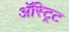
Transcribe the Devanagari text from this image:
अॅस्ट्रिट